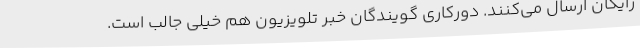
رایگان ارسال می‌کنند. دورکاری گویندگان خبر تلویزیون هم خیلی جالب است.